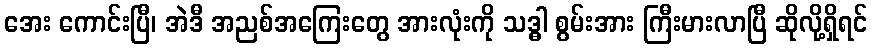
အေး ကောင်းပြီ၊ အဲဒီ အညစ်အကြေးတွေ အားလုံးကို သဒ္ဓါ စွမ်းအား ကြီးမားလာပြီ ဆိုလို့ရှိရင်